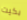
بكيت